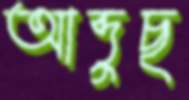
আব্দুছ